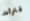
فترات